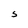
Character: 5